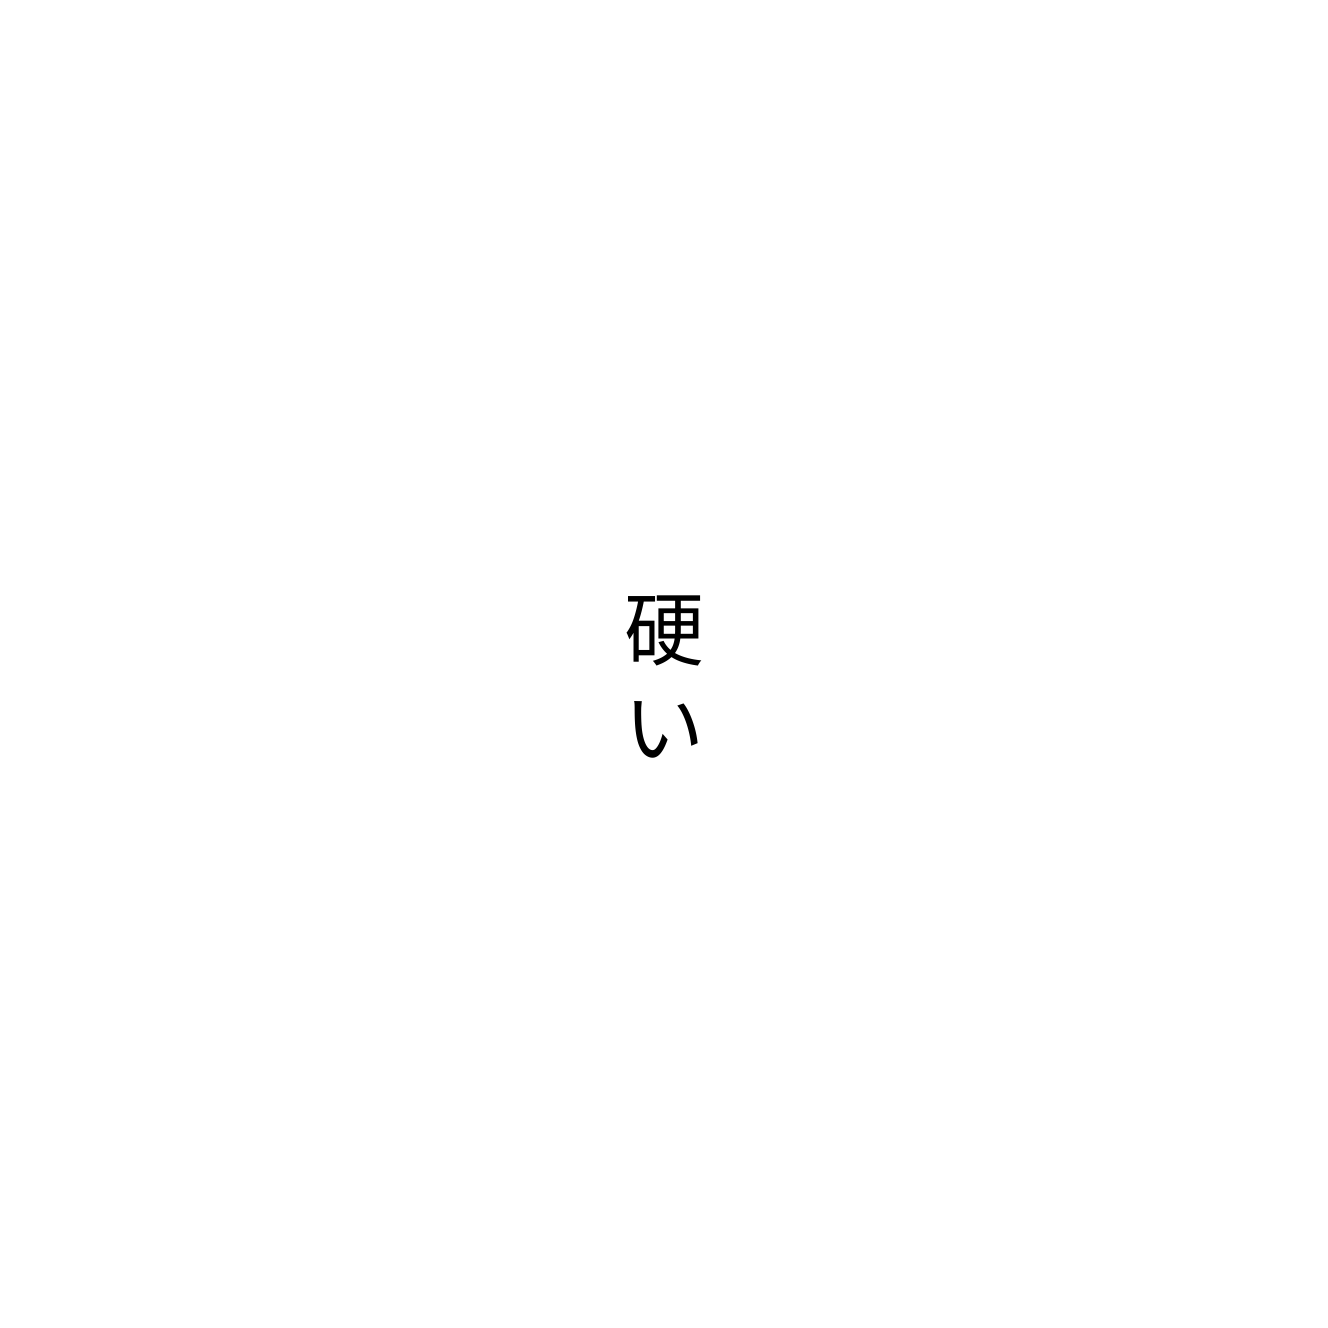
硬い